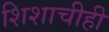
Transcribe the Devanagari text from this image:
शिशाचीही